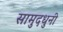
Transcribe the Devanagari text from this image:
सामुदधुनी